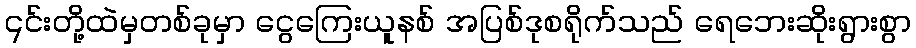
၎င်းတို့ထဲမှတစ်ခုမှာ ငွေကြေးယူနစ် အပြစ်ဒုစရိုက်သည် ရေဘေးဆိုးရွားစွာ